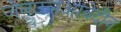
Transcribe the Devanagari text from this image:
जेनउलआबेदीन